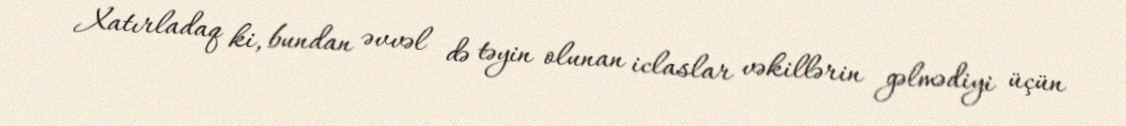
Xatırladaq ki, bundan əvvəl də təyin olunan iclaslar vəkillərin gəlmədiyi üçün